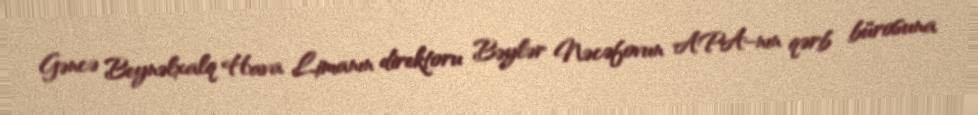
Gəncə Beynəlxalq Hava Limanın direktoru Bəylər Nəcəfovun APA-nın qərb bürosuna